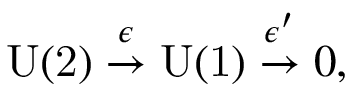
\mathrm { U ( 2 ) } \stackrel { \epsilon } \rightarrow \mathrm { U ( 1 ) } \stackrel { \epsilon ^ { \prime } } \rightarrow 0 ,